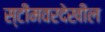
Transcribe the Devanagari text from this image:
स्टीमवरदेखील